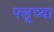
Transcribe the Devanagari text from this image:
फ्लूच्या